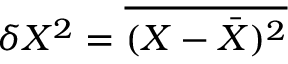
\delta X ^ { 2 } = \overline { { ( X - \bar { X } ) ^ { 2 } } }